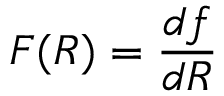
F ( R ) = { \frac { d f } { d R } }